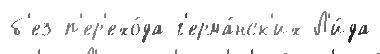
б'ез п'ер'ехо́да г'ерма́нск'их Л'и́да